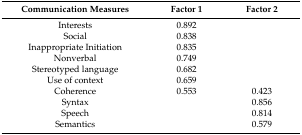
| Communication Measures | Factor 1 | Factor 2 |
 | --- | --- | --- |
 | Interests | 0.892 |  |
 | Social | 0.838 |  |
 | Inappropriate Initiation | 0.835 |  |
 | Nonverbal | 0.749 |  |
 | Stereotyped language | 0.682 |  |
 | Use of context | 0.659 |  |
 | Coherence | 0.553 | 0.423 |
 | Syntax |  | 0.856 |
 | Speech |  | 0.814 |
 | Semantics |  | 0.579 |